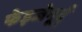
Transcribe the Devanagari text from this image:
फेइजेनूर्द्